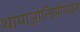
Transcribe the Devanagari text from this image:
थायाज़ोल्डिनीयोड्स